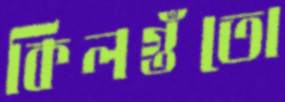
কিলগুঁতো